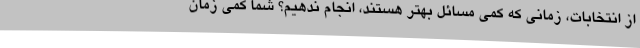
از انتخابات، زمانی که کمی مسائل بهتر هستند، انجام ندهیم؟ شما کمی زمان